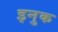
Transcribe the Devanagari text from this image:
इनुक